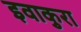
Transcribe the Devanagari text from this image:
इवाकुरा